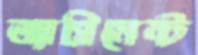
অ্যাগ্রিমেন্ট